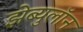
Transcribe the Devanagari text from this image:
झेब्युलॉन